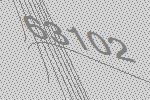
63102